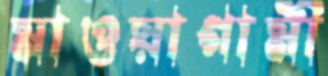
মাওয়াগামী